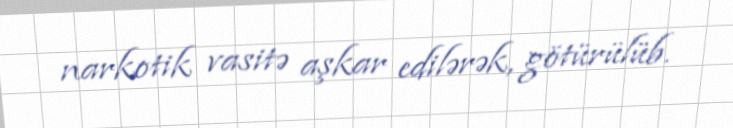
narkotik vasitə aşkar edilərək, götürülüb.